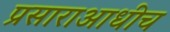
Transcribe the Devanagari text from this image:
प्रसाराआधीच